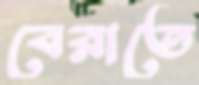
বেরাতে